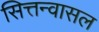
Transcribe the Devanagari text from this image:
सित्तन्वासल